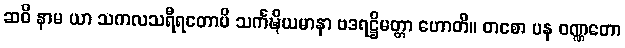
ဆဝိ နာမ ယာ သကလသရီရတောပိ သင်္ကဍ္ဎိယမာနာ ဗဒရဋ္ဌိမတ္တာ ဟောတိ။ တစော ပန ဝဏ္ဏတော